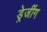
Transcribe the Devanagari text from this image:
ड्रेजींग